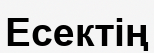
Есектің